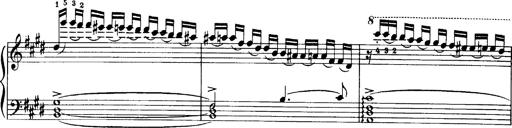
Title: OuvertÃ¼re zu TannhÃ¤user
Composer: Franz Liszt